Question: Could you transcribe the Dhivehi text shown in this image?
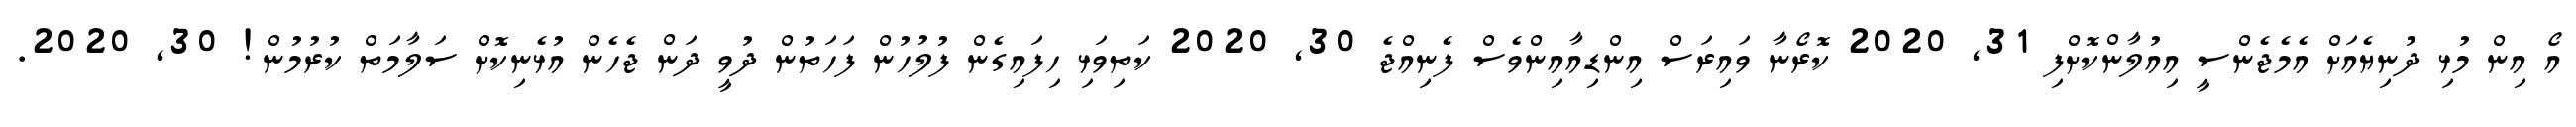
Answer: އޯ އިން މުޅި ދުނިޔެއަށް އެމެޖެންސީ އިއުލާންކޮށްފި 31, 2020 ކޮރޯނާ ވައިރަސް އިންޑިއާއިންވެސް ފެނިއްޖެ 30, 2020 ކަތިވަޅި ހިފައިގެން ފުލުހުން ފަހަތުން ދުވީ ދަން ޖެހެން އުޅެނިކޮށް ސަލާމަތް ކުރުމުން! 30, 2020.